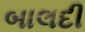
બાલદી